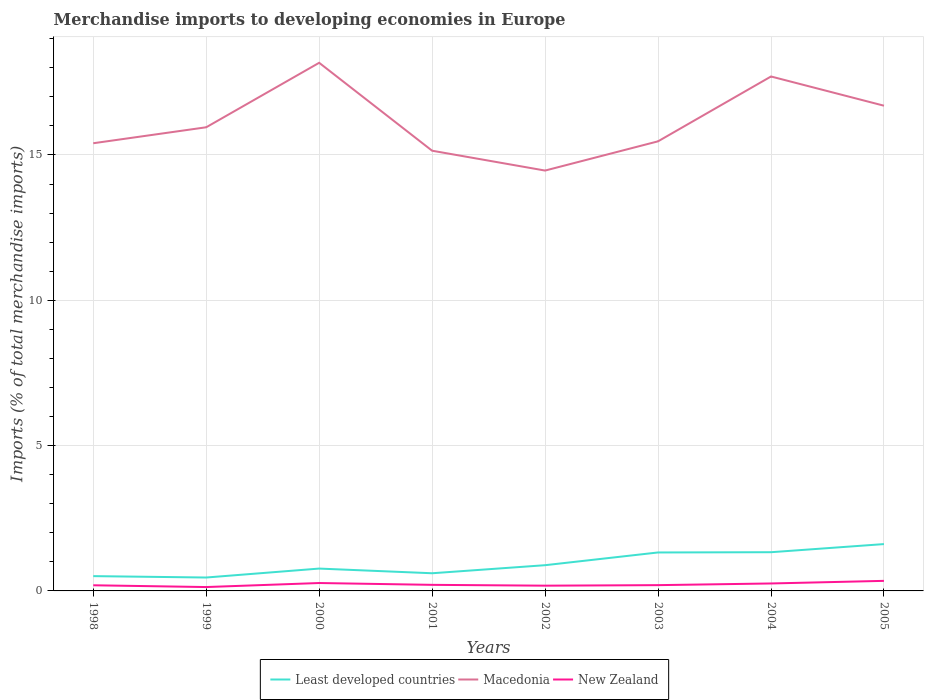
| Years | Least developed countries | Macedonia | New Zealand |
 | --- | --- | --- | --- |
 | 1998 | 0.509 | 15.4 | 0.194 |
 | 1999 | 0.461 | 16 | 0.133 |
 | 2000 | 0.769 | 18.2 | 0.272 |
 | 2001 | 0.608 | 15.1 | 0.209 |
 | 2002 | 0.885 | 14.5 | 0.181 |
 | 2003 | 1.32 | 15.5 | 0.199 |
 | 2004 | 1.33 | 17.7 | 0.257 |
 | 2005 | 1.61 | 16.7 | 0.346 |